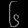
Digit: ၆